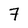
Character: 7